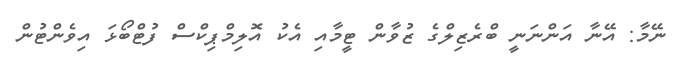
ނޭމާ: އޭނާ އަންނަނީ ބްރެޒިލްގެ ޒުވާން ޓީމާއި އެކު އޮލިމްޕިކްސް ފުޓްބޯޅަ އިވެންޓުން